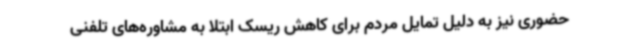
حضوری نیز به دلیل تمایل مردم برای کاهش ریسک ابتلا به مشاوره‌های تلفنی